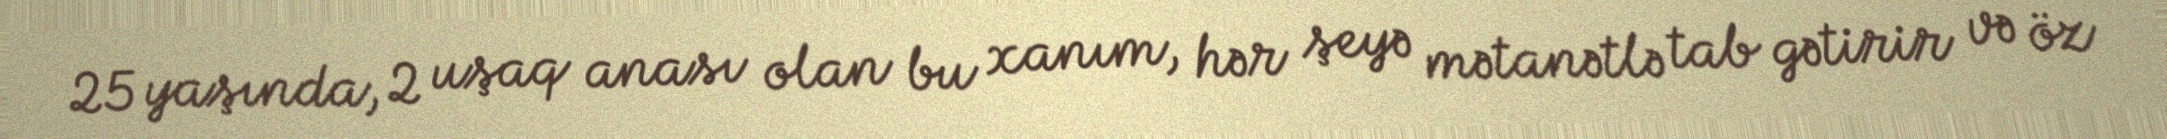
25 yaşında, 2 uşaq anası olan bu xanım, hər şeyə mətanətlə tab gətirir və öz